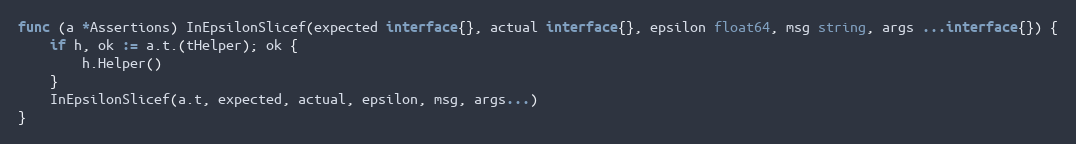
Language: Go
func (a *Assertions) InEpsilonSlicef(expected interface{}, actual interface{}, epsilon float64, msg string, args ...interface{}) {
	if h, ok := a.t.(tHelper); ok {
		h.Helper()
	}
	InEpsilonSlicef(a.t, expected, actual, epsilon, msg, args...)
}